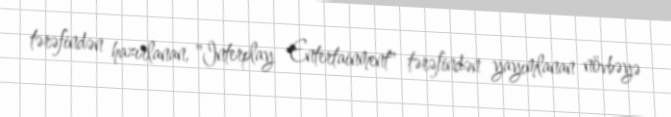
tərəfindən hazırlanan, "Interplay Entertainment" tərəfindən yayımlanan növbəyə